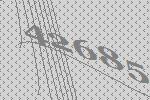
42685